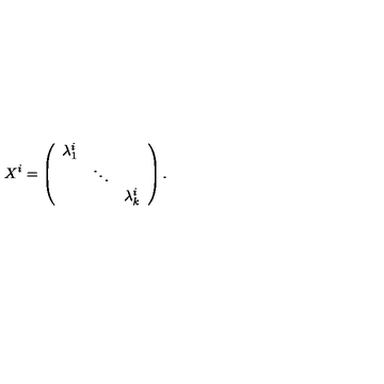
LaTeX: X ^ { i } = \left( \begin{array} { c c c } { \lambda _ { 1 } ^ { i } } & { } & { } \\ { } & { \ddots } & { } \\ { } & { } & { \lambda _ { k } ^ { i } } \\ \end{array} \right) .